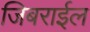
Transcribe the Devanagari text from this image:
जिबराईल